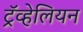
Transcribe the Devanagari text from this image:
ट्रॅव्हेलियन